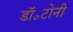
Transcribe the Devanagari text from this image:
डॉ॰टोनी